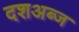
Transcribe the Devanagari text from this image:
दशअब्ज